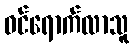
ဝင်ရောက်လာသူ